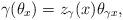
LaTeX: \begin{align*}\gamma (\theta_x) = z_\gamma (x) \theta_{\gamma x} , \end{align*}